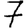
Digit: 7